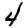
Digit: 4